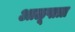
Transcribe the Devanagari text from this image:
आळूपात्रा